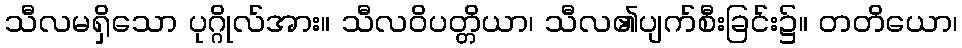
သီလမရှိသော ပုဂ္ဂိုလ်အား။ သီလဝိပတ္တိယာ၊ သီလ၏ပျက်စီးခြင်း၌။ တတိယော၊